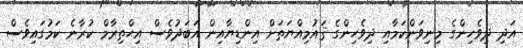
އަދި ދިވެހިންގެ މިނިވަންކަމާއި ދިވެހިންގެ ޤައުމިއްޔަތަށް އިންޑިޔާއިން އަބަދުވެސް އިޙްތިރާމް ކުރާނެ ކަމުގައިވެސް